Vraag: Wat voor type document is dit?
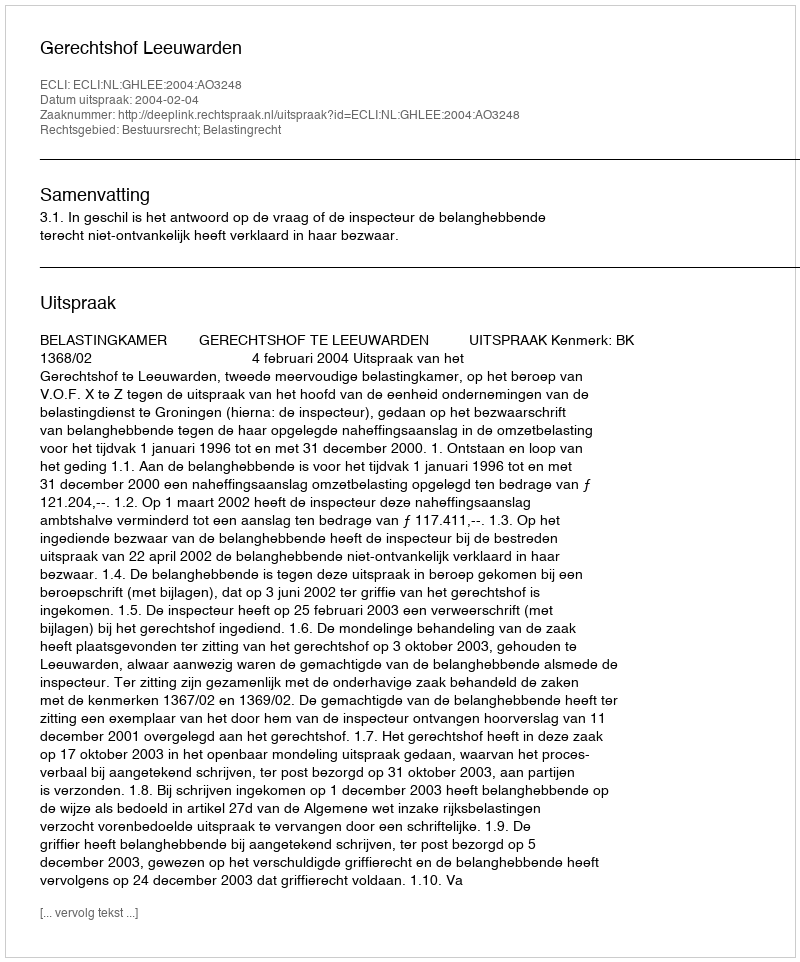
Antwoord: Uitspraak